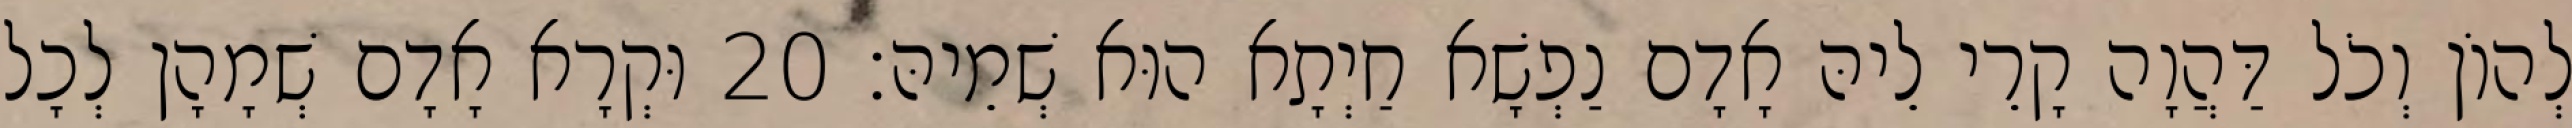
לְהוֹן וְכֹל דַּהֲוָה קָרֵי לֵיהּ אָדָם נַפְשָׁא חַיְתָא הוּא שְׁמֵיהּ׃ 20 וּקְרָא אָדָם שְׁמָהָן לְכָל